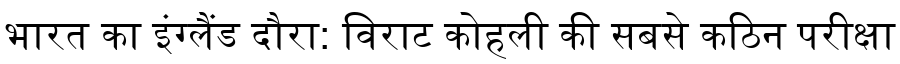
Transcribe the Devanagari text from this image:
भारत का इंग्लैंड दौरा: विराट कोहली की सबसे कठिन परीक्षा